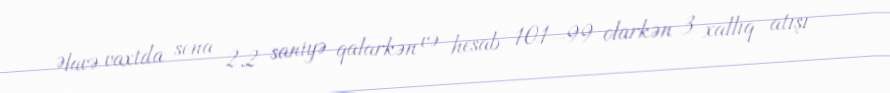
Əlavə vaxtda sona 2.2 saniyə qalarkən və hesab 101–99 olarkən 3 xallıq atışı